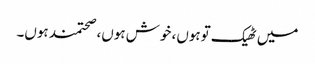
میں ٹھیک توہوں، خوش ہوں، صحتمند ہوں۔